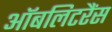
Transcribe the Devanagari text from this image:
ऑबलिटरैंस